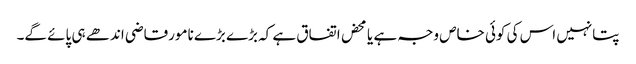
پتانہیں اس کی کوئی خاص وجہ ہے یا محض اتفاق ہے کہ بڑے بڑے نامورقاضی اندھے ہی پائے گے۔